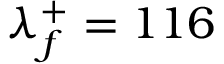
\lambda _ { f } ^ { + } = 1 1 6